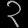
Digit: ၃